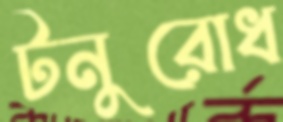
টনুরোধ